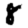
Digit: 8